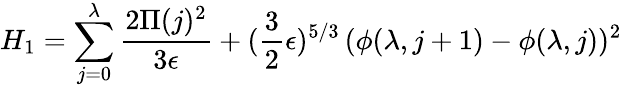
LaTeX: H_{1}=\sum_{j=0}^{\lambda}{\frac{2\Pi(j)^{2}}{3\epsilon}}+({\frac{3}{2}}\epsilon)^{5/3}\, (\phi(\lambda,j+1)-\phi(\lambda,j))^{2}